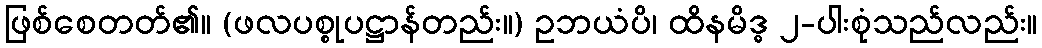
ဖြစ်စေတတ်၏။ (ဖလပစ္စုပဋ္ဌာန်တည်း။) ဥဘယံပိ၊ ထိနမိဒ္ဓ ၂-ပါးစုံသည်လည်း။